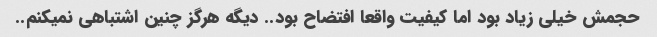
حجمش خیلی زیاد بود اما کیفیت واقعا افتضاح بود.. دیگه هرگز چنین اشتباهی نمیکنم..